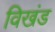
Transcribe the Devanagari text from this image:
विखंड